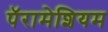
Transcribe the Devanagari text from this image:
पॅरामेशियम